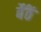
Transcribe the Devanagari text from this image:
बैंठें